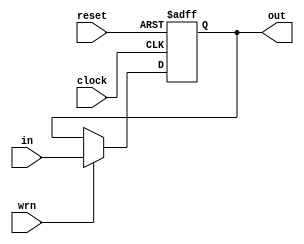
module pipe_reg_2(
	input [1:0] in,
	input clock,
	input reset,
	input wrn,
	output reg [1:0]out
	);
 
	always @(posedge clock,negedge reset) 
	begin
    if(!reset)
		out <= 2'b00;
	else 
		if(wrn)
			out <= in;
	end
endmodule